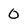
Character: 0